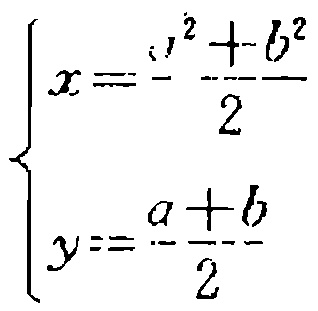
\[

\begin{cases}

x = \frac{a^{2}+b^{2}}{2}\\

y = \frac{a + b}{2}

\end{cases}

\]